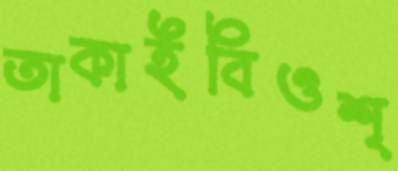
তাকাইবিওশ্